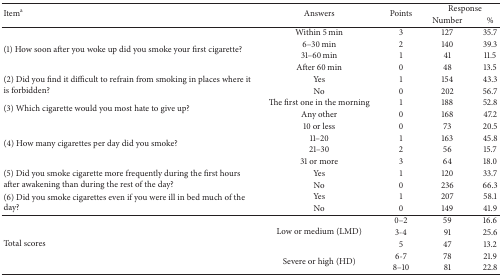
| <ROWSPAN=2> Itema | <ROWSPAN=2> Answers | <ROWSPAN=2> Points | <COLSPAN=2> Response |
 | Number | % |
 | --- | --- | --- | --- | --- |
 | <ROWSPAN=4> (1) How soon after you woke up did you smoke your first cigarette? | Within 5 min | 3 | 127 | 35.7 |
 | 6–30 min | 2 | 140 | 39.3 |
 | 31–60 min | 1 | 41 | 11.5 |
 | After 60 min | 0 | 48 | 13.5 |
 | <ROWSPAN=2> (2) Did you find it difficult to refrain from smoking in places where it is forbidden? | Yes | 1 | 154 | 43.3 |
 | No | 0 | 202 | 56.7 |
 | <ROWSPAN=2> (3) Which cigarette would you most hate to give up? | The first one in the morning | 1 | 188 | 52.8 |
 | Any other | 0 | 168 | 47.2 |
 | <ROWSPAN=4> (4) How many cigarettes per day did you smoke? | 10 or less | 0 | 73 | 20.5 |
 | 11–20 | 1 | 163 | 45.8 |
 | 21–30 | 2 | 56 | 15.7 |
 | 31 or more | 3 | 64 | 18.0 |
 | <ROWSPAN=2> (5) Did you smoke cigarette more frequently during the first hours after awakening than during the rest of the day? | Yes | 1 | 120 | 33.7 |
 | No | 0 | 236 | 66.3 |
 | <ROWSPAN=2> (6) Did you smoke cigarettes even if you were ill in bed much of the day? | Yes | 1 | 207 | 58.1 |
 | No | 0 | 149 | 41.9 |
 | <ROWSPAN=5> Total scores | <ROWSPAN=3> Low or medium (LMD) | 0–2 | 59 | 16.6 |
 | 3-4 | 91 | 25.6 |
 | 5 | 47 | 13.2 |
 | <ROWSPAN=2> Severe or high (HD) | 6-7 | 78 | 21.9 |
 | 8–10 | 81 | 22.8 |